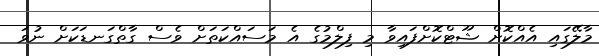
މާލޭގައި އެއްކޮށް ޝޫޓްކޮށްފައިވާ މި ފިލްމުގެ އެ މަސައްކަތަށް ވެސް ގާތްގަނޑަކަށް ނުވަ